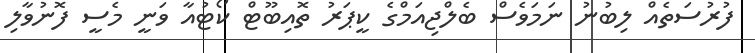
ފުރުސަތެއް ލިބުނު ނަމަވެސް ބެލްޖިއަމްގެ ކީޕަރު ތޮއިބޫޓް ކޯޓުއާ ވަނީ މެސީ ފޮނުވާލި